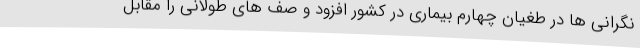
نگرانی ها در طغیان چهارم بیماری در کشور افزود و صف های طولانی را مقابل